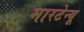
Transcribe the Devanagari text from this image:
मारटेन्यू